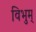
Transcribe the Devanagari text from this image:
विभुम्‌